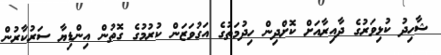
ޝާހިދު ކުޅިވަރުގެ ދާއިރާއަށް ކޮށްދިން ހިދުމަތުގެ އަގުވަޒަން ކުރުމުގެ ގޮތުން އިންޑިޔާ ސަރުކާރުން